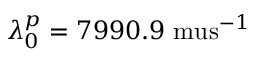
\lambda _ { 0 } ^ { p } = 7 9 9 0 . 9 \mathrm { \ m u s } ^ { - 1 }